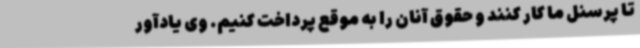
تا پرسنل ما کار کنند و حقوق آنان را به موقع پرداخت کنیم. وی یادآور